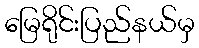
မြေရိုင်းပြည်နယ်မှ